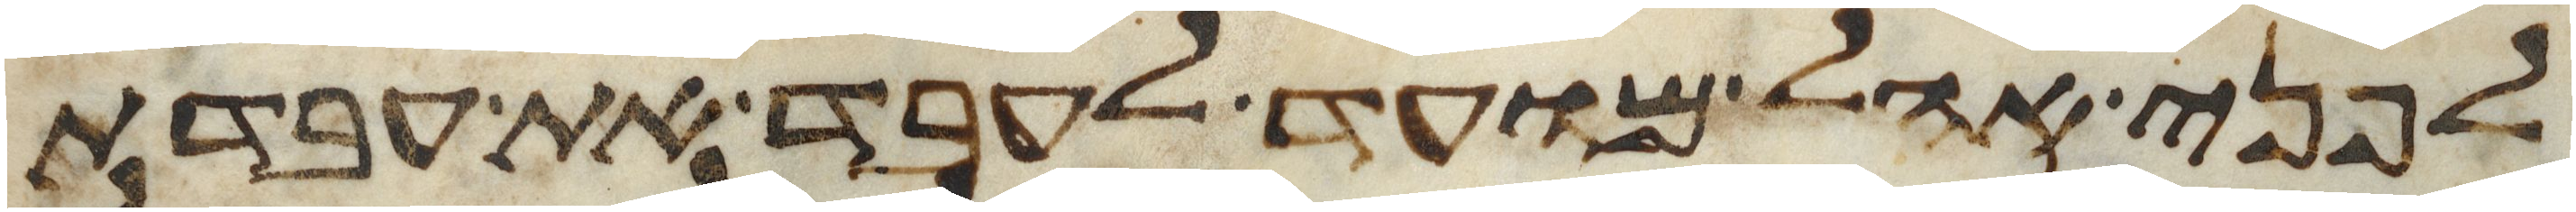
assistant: לפני אהל מועד לעבד את עבדת